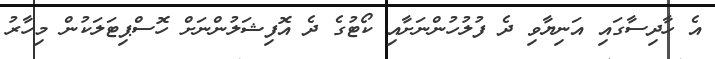
އެ ހާދިސާގައި އަނިޔާވި ދެ ފުލުހުންނަށާއި ކޯޓުގެ ދެ އޮފިޝަލުންނަށް ހޮސްޕިޓަލަކުން މިހާރު